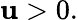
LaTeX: \mathbf{u}>0.